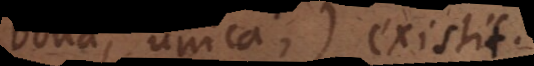
bona, unica) existit.